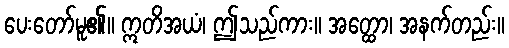
ပေးတော်မူ၏။ ဣတိအယံ၊ ဤသည်ကား။ အတ္ထော၊ အနက်တည်း။